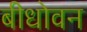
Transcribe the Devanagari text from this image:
बीधोवन